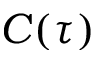
C ( \tau )